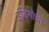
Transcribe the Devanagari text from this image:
इंडिगोचा